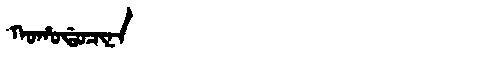
Manchu: ᡴᠣᡥᠣᡩᠣᠴᡳᠨᠠ
Romanization: KOHODOCINA